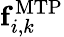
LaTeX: {\mathbf f}_{i,k}^{\mathrm{MTP}}